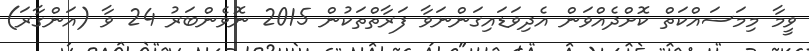
ވީމާ މިމަސައްކަތް ކޮށްދެއްވަން އެދިވަޑައިގަންނަވާ ފަރާތްތަކުން 2015 ނޮވެންބަރު 24 ވާ (އަންގާރަ)